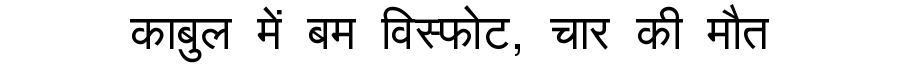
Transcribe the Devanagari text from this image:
काबुल में बम विस्फोट, चार की मौत